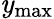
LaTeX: \mathit{y}_{\mathrm{{max}}}